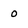
Character: 0